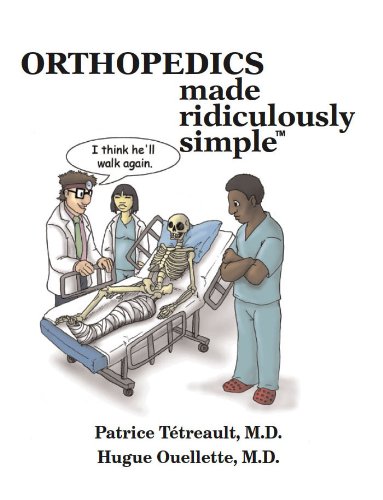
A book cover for Orthopedics Made Ridiculously Simple (Medmaster Ridiculously Simple); Patrice Tetreault; Medical Books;